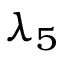
\lambda _ { 5 }